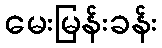
မေးမြန်းခန်း